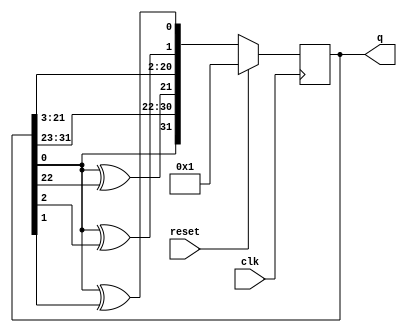
module top_module(
    input clk,
    input reset,    // Active-high synchronous reset to 32'h1
    output [31:0] q
); 

    reg [31:0] q_next;
    always @(*) begin
        /*
        q_next = q;
        q_next[22] = q[0]^q[22];
        q_next[2] = q[0]^q[2];
        q_next[1] = q[0]^q[1];
        q_next = {q_next[0], q_next[31:1]};
        */
        // better
        q_next = {q[0], q[31:1]};
        q_next[21] = q[0]^q[22];
        q_next[1] = q[0]^q[2];
        q_next[0] = q[0]^q[1];
    end
    
    always @(posedge clk) begin
        q <= (reset)? 32'd1:q_next;
    end
endmodule